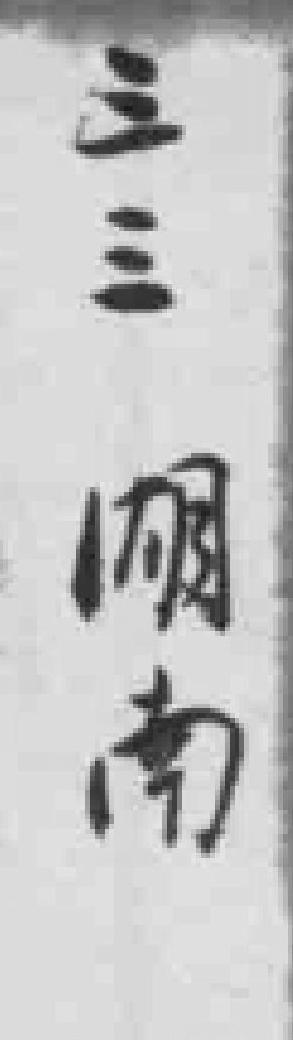
三三湖南